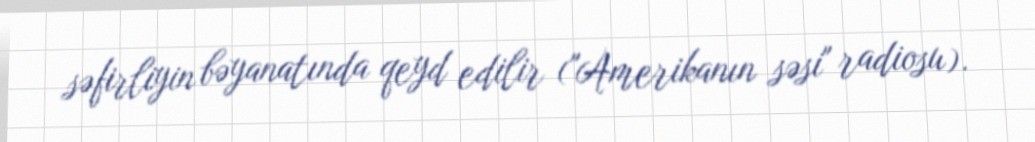
səfirliyin bəyanatında qeyd edilir ("Amerikanın səsi" radiosu).